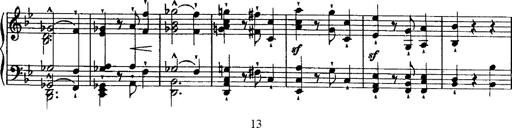
Title: Grande valse di bravura
Composer: Franz Liszt